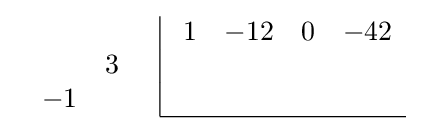
{\begin{array}{cc}{\begin{array}{rr}\\&3\\-1&\\\end{array}}&{\begin{array}{|rrrr}\ 1&-12&0&-42\\&&&\\&&&\\\hline \end{array}}\end{array}}